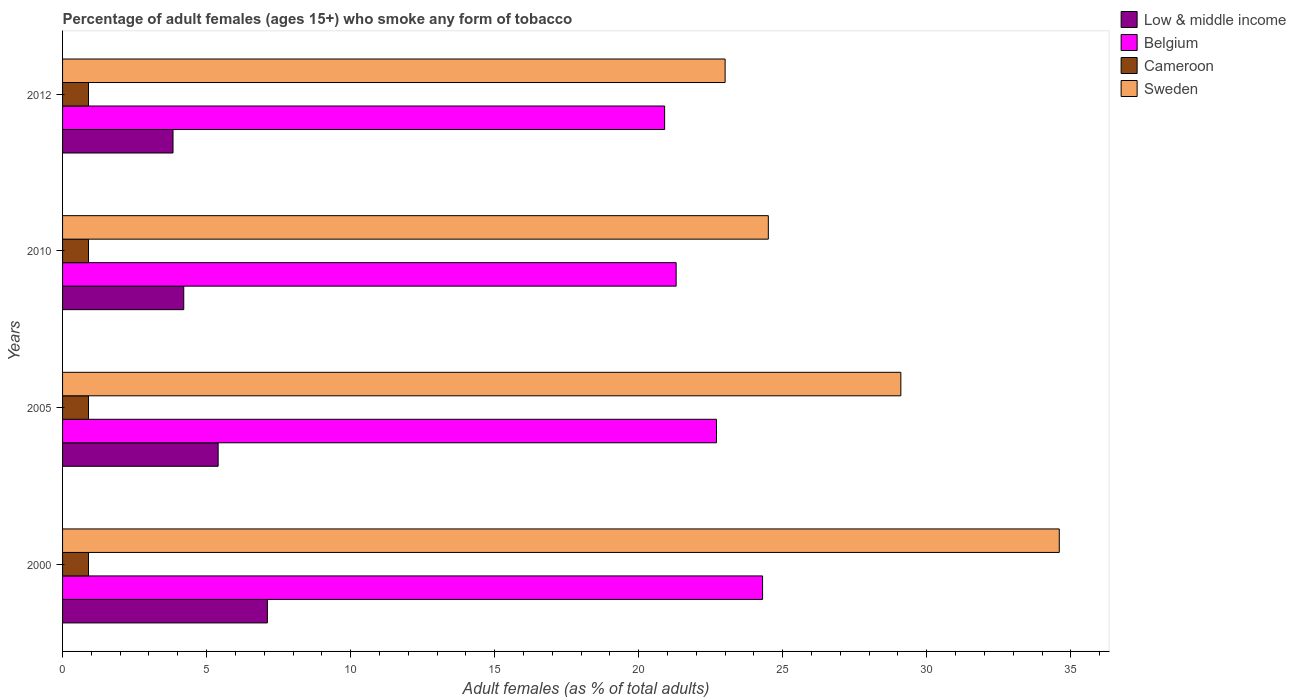
| Years | Low & middle income | Belgium | Cameroon | Sweden |
 | --- | --- | --- | --- | --- |
 | 2000 | 7.11 | 24.3 | 0.9 | 34.6 |
 | 2005 | 5.4 | 22.7 | 0.9 | 29.1 |
 | 2010 | 4.21 | 21.3 | 0.9 | 24.5 |
 | 2012 | 3.83 | 20.9 | 0.9 | 23 |